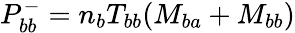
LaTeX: P_{bb}^{-}=n_{b}T_{bb}(M_{ba}+M_{bb})